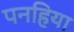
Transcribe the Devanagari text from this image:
पनहिया